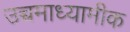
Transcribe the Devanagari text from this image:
उच्चमाध्यामीक